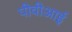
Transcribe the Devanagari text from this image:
पीवीआई